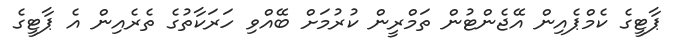
ޕާޓީގެ ކެމްޕެއިން އޭޖެންޓުން ތަމްރީން ކުރުމަށް ބޭއްވި ހަރަކާތުގެ ތެރެއިން އެ ޕާޓީގެ